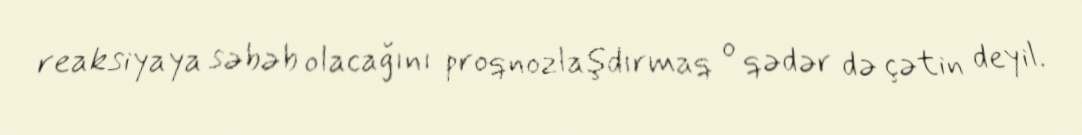
reaksiyaya səbəb olacağını proqnozlaşdırmaq o qədər də çətin deyil.